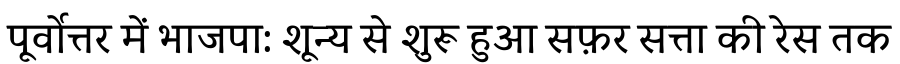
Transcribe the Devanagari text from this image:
पूर्वोत्तर में भाजपा: शून्य से शुरू हुआ सफ़र सत्ता की रेस तक